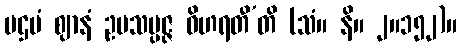
ပဌမံ ဈာနံ ဥပသမ္ပဇ္ဇ ဝိဟရတီ’တိ (သံ။ နိ။ ၂။၁၅၂)။